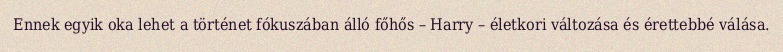
Ennek egyik oka lehet a történet fókuszában álló főhős – Harry – életkori változása és érettebbé válása.